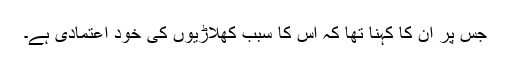
جس پر ان کا کہنا تھا کہ اس کا سبب کھلاڑیوں کی خود اعتمادی ہے۔